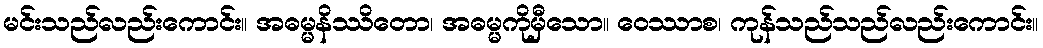
မင်းသည်လည်းကောင်း။ အဓမ္မနိဿိတော၊ အဓမ္မကိုမှီသော။ ဝေဿာစ၊ ကုန်သည်သည်လည်းကောင်း။